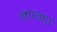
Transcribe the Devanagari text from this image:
मान्टा